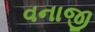
વનાજી